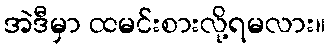
အဲဒီမှာ ထမင်းစားလို့ရမလား။